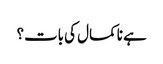
ہے نا کمال کی بات؟